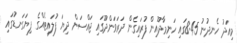
މިއަދު ހެނދުނު 8:45ގައި ހަނިމާދޫއިން ފުރައިގެން ދަރަވަންދޫގައި ޖައްސަން ދިޔަ ފުލައިޓެއްގެ ފިޔަގަނޑުގައި